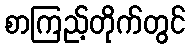
စာကြည့်တိုက်တွင်